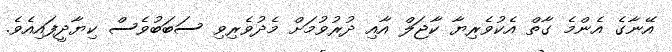
އޭނާގެ އެންމެ ގާތް އެކުވެރިޔާ ކާޖަލް އާއި ދުރުވުމަށް މެދުވެރިވި ސަބަބުވެސް ކިޔާދީފައިއެވެ.